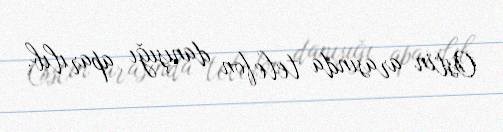
Ostin arasında telefon danışığı aparılıb.